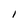
Character: I